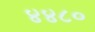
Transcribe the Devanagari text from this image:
४४८०